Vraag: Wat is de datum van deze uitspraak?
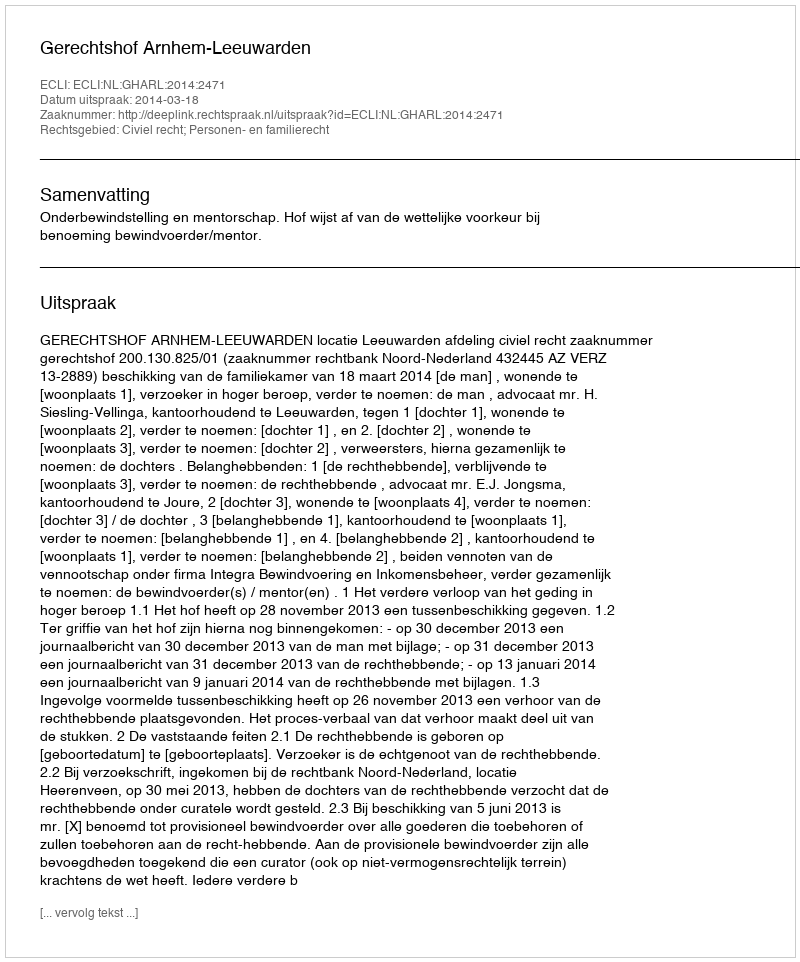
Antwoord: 2014-03-18